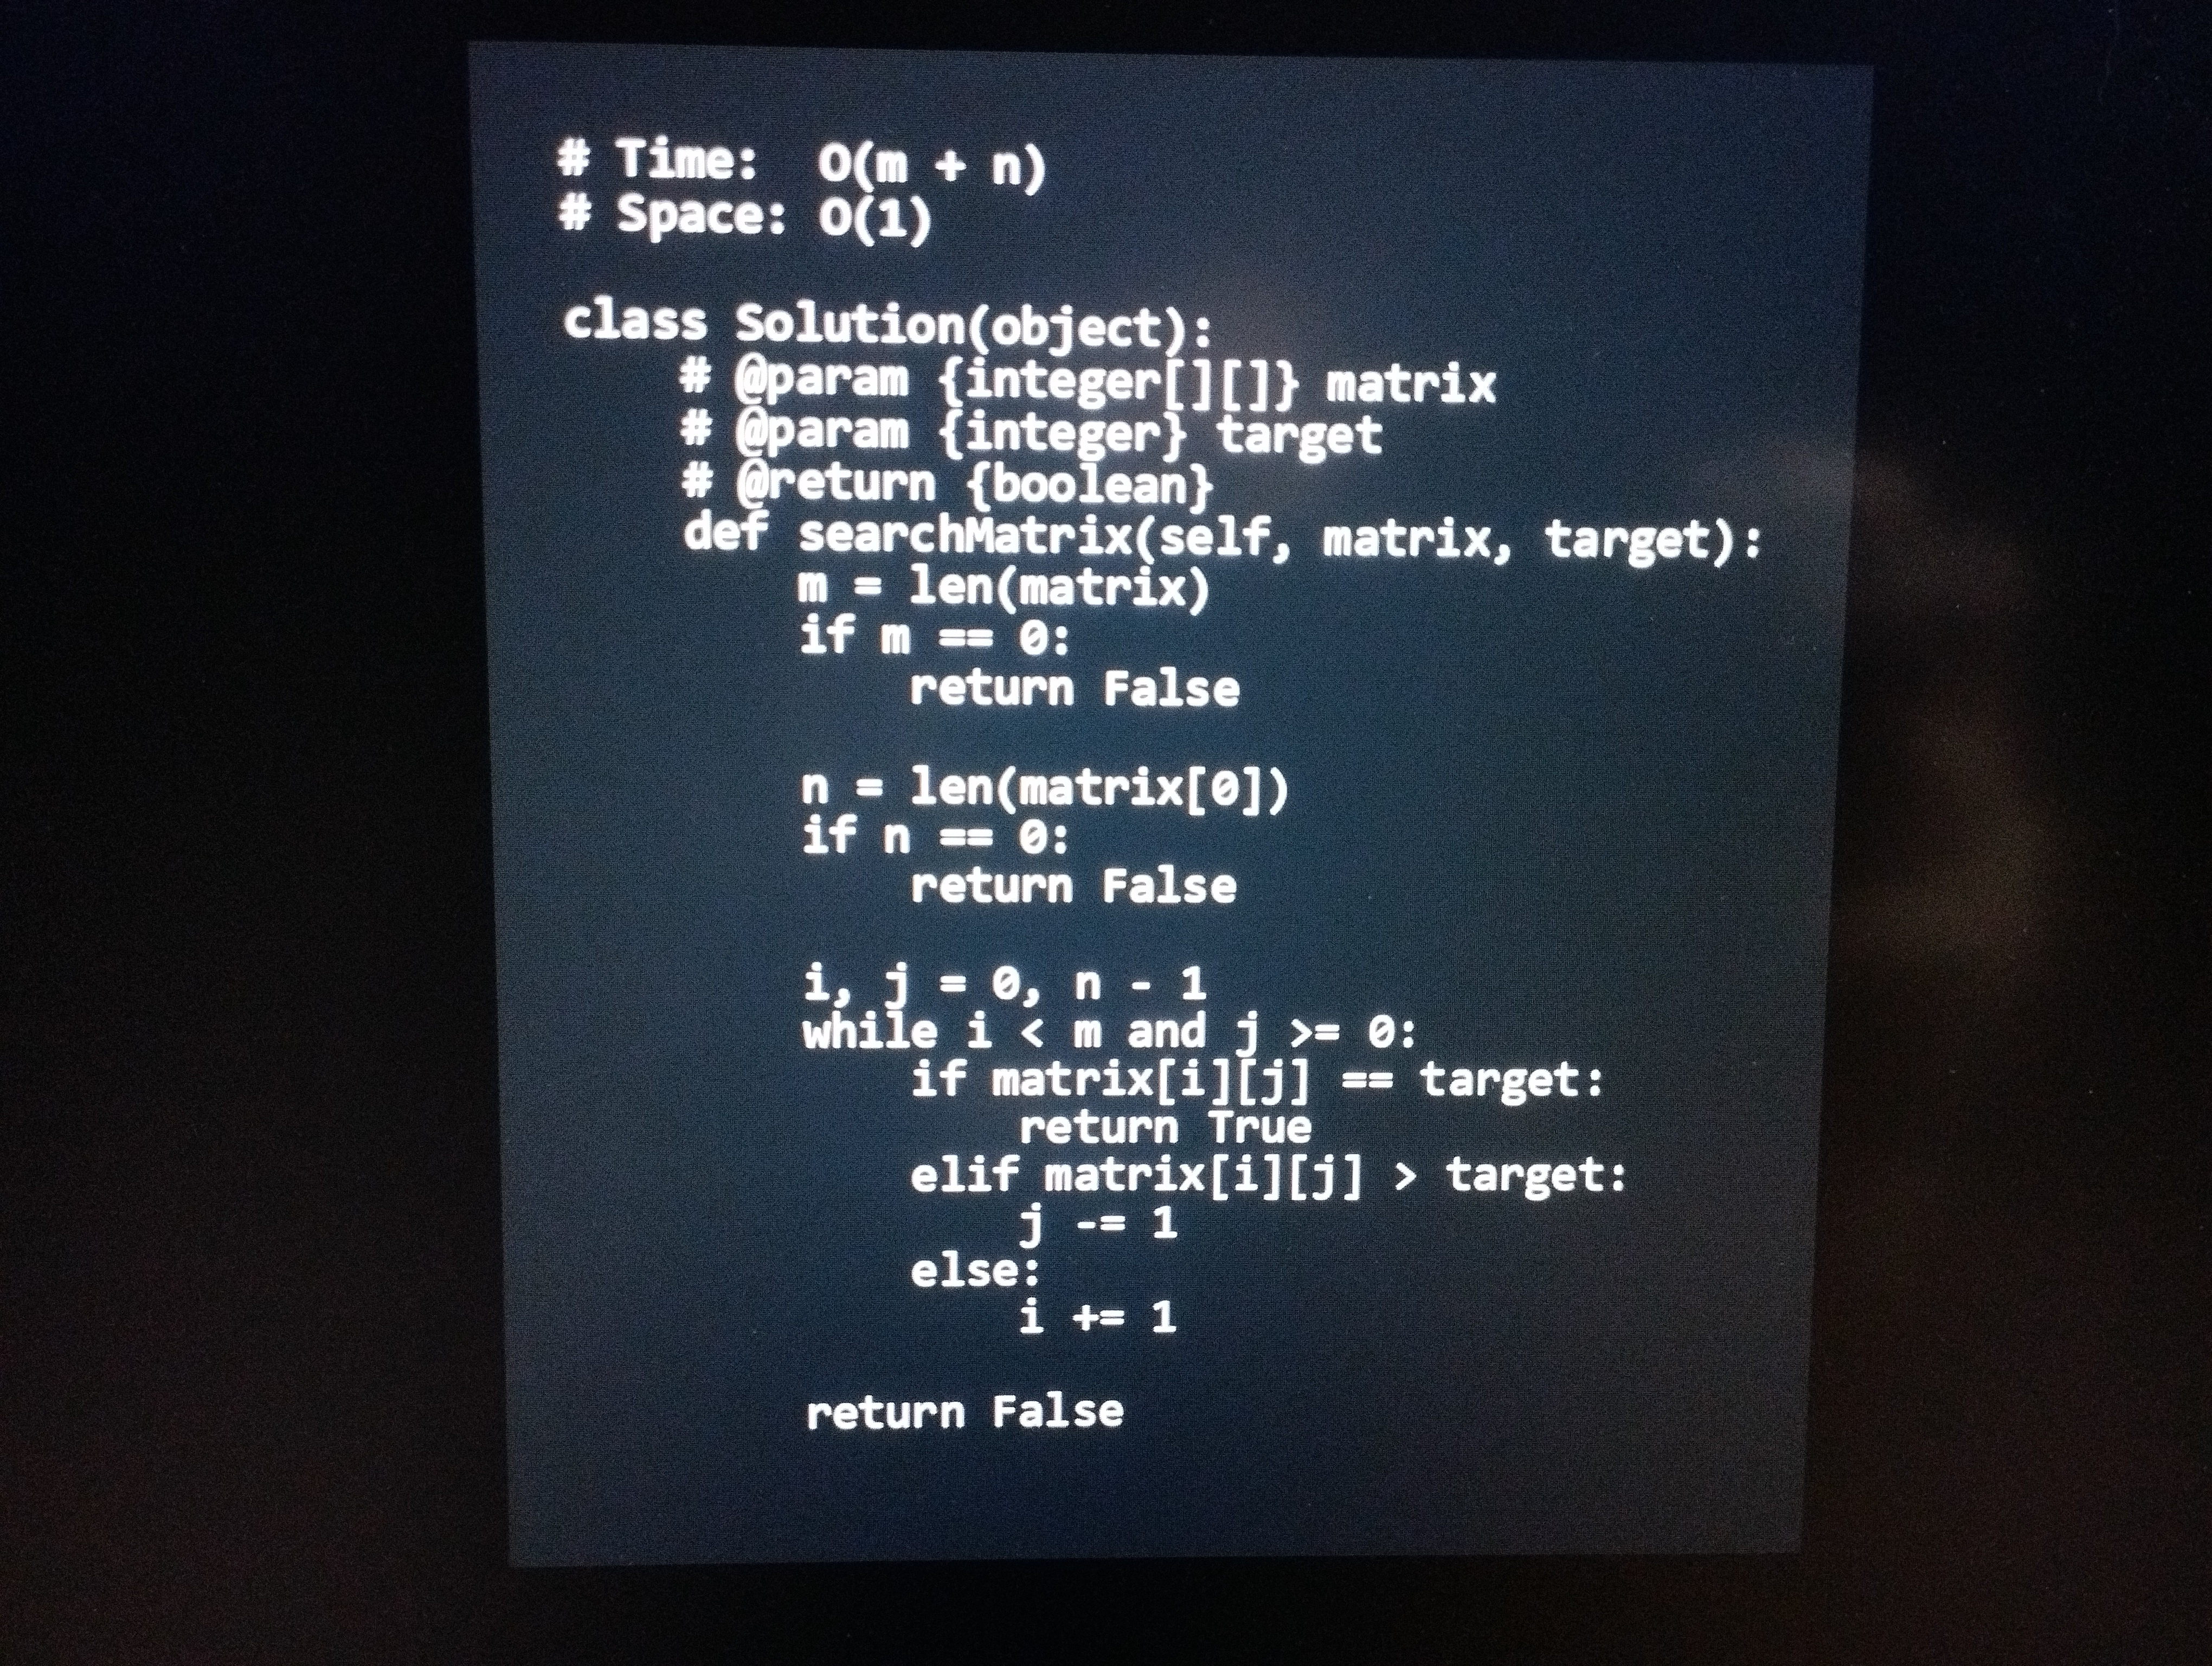
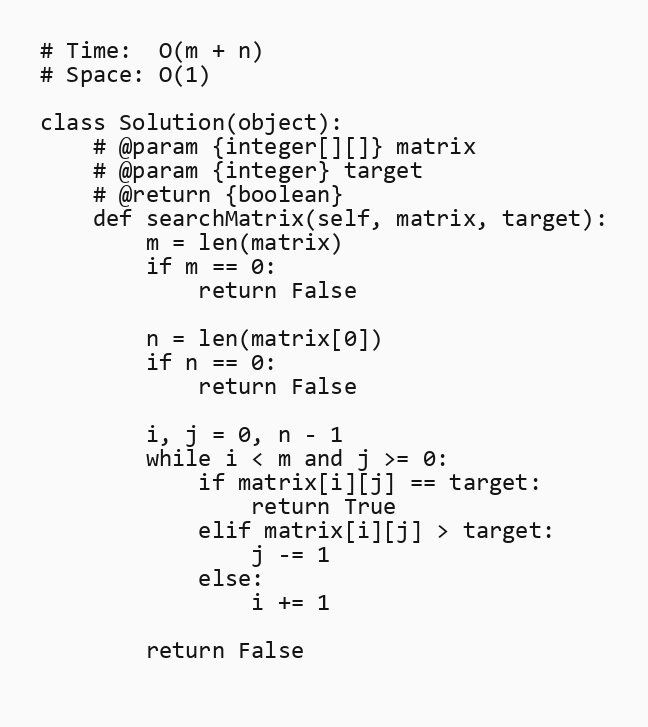
# Time:  O(m + n)
# Space: O(1)

class Solution(object):
    # @param {integer[][]} matrix
    # @param {integer} target
    # @return {boolean}
    def searchMatrix(self, matrix, target):
        m = len(matrix)
        if m == 0:
            return False

        n = len(matrix[0])
        if n == 0:
            return False

        i, j = 0, n - 1
        while i < m and j >= 0:
            if matrix[i][j] == target:
                return True
            elif matrix[i][j] > target:
                j -= 1
            else:
                i += 1

        return False